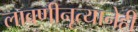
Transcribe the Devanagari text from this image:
लावणीनृत्यानेही